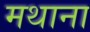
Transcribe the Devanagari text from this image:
मथाना